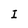
Character: I